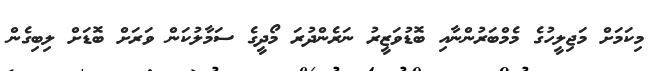
މިކަމަށް މަޖިލީހުގެ މެމްބަރުންނާއި ބޮޑުވަޒީރު ނަރެންދުރަ މޯދީގެ ސަމާލުކަން ވަރަށް ބޮޑަށް ލިބިގެން